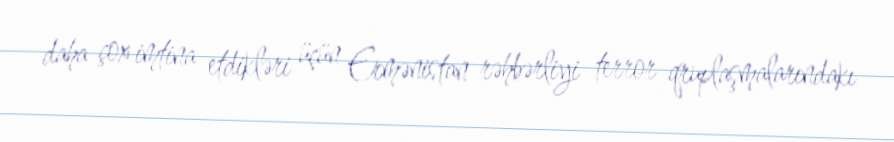
daha çox imtina etdikləri üçün Ermənistan rəhbərliyi terror qruplaşmalarındakı